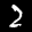
Digit: 2